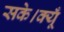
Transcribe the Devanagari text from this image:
सके।क्यूँ